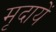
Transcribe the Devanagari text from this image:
मृदायें